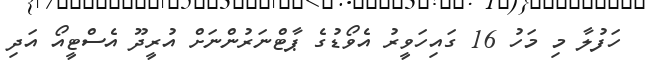
ހަފުލާ މި މަހު 16 ގައިހަވީރު އެވޯޑުގެ ޕާޓްނަރުންނަށް އުރީދޫ އެސްޓީއޯ އަދި